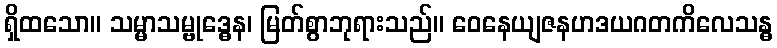
ရှိထသော။ သမ္မာသမ္ဗုဒ္ဓေန၊ မြတ်စွာဘုရားသည်။ ဝေနေယျဇနဟဒယဂတကိလေသန္ဓ